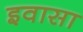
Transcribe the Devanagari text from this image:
इवासा